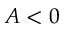
A < 0